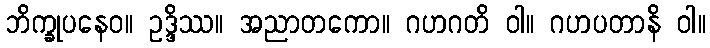
ဘိက္ခုပနေဝ။ ဥဒ္ဒိဿ။ အညာတကော။ ဂဟဂတိ ဝါ။ ဂဟပတာနိ ဝါ။